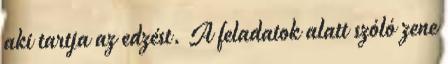
aki tartja az edzést. A feladatok alatt szóló zene